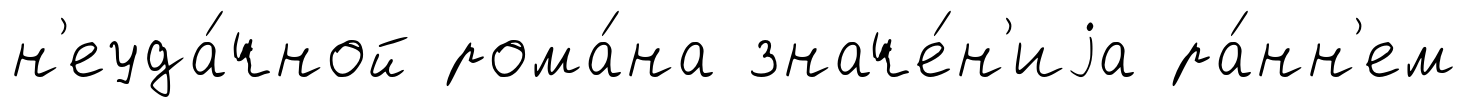
н'еуда́чной рома́на значе́н'иjа ра́нн'ем